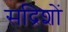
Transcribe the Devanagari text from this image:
सद्रिशों